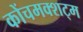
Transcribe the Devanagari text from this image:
कोंचमक्शट्म